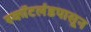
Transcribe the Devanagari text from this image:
स्कॉटलंडपासून